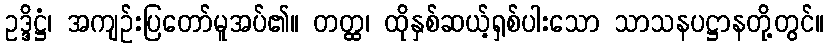
ဥဒ္ဒိဋ္ဌံ၊ အကျဉ်းပြတော်မူအပ်၏။ တတ္ထ၊ ထိုနှစ်ဆယ့်ရှစ်ပါးသော သာသနပဋ္ဌာနတို့တွင်။